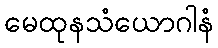
မေထုနသံယောဂါနံ